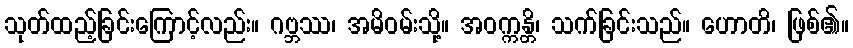
သုတ်ထည့်ခြင်းကြောင့်လည်း။ ဂဗ္ဘဿ၊ အမိဝမ်းသို့။ အဝက္ကန္တိ၊ သက်ခြင်းသည်။ ဟောတိ၊ ဖြစ်၏။